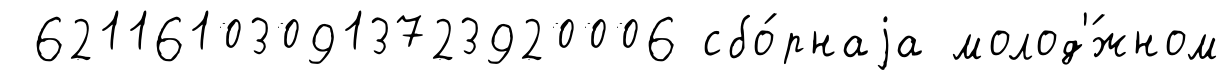
621161030913723920006 сбо́рнаjа молод'́жном